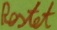
Text: Restet